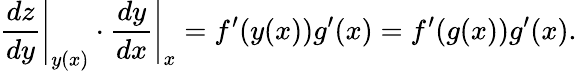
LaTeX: \left.{\frac{dz}{dy}}\right|_{y(x)}\cdot\left.{\frac{dy}{dx}}\right|_{x}=f^{\prime}(y(x))g^{\prime}(x)=f^{\prime}(g(x))g^{\prime}(x).